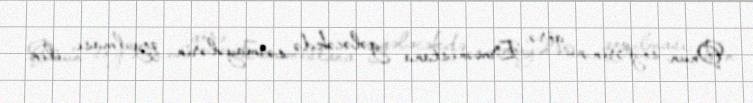
Onun sözlərinə görə, Ermənistana gələcəkdə sərmayələrin qoyulması, ilin